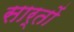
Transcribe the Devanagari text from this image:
सार्तों